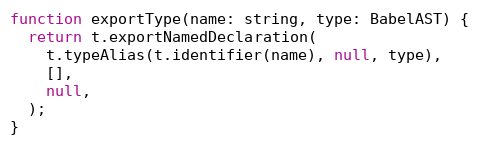
Language: JavaScript
function exportType(name: string, type: BabelAST) {
  return t.exportNamedDeclaration(
    t.typeAlias(t.identifier(name), null, type),
    [],
    null,
  );
}